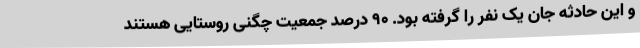
و این حادثه جان یک نفر را گرفته بود. 90 درصد جمعیت چگنی روستایی هستند